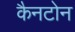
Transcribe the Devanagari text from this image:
कैनटोन